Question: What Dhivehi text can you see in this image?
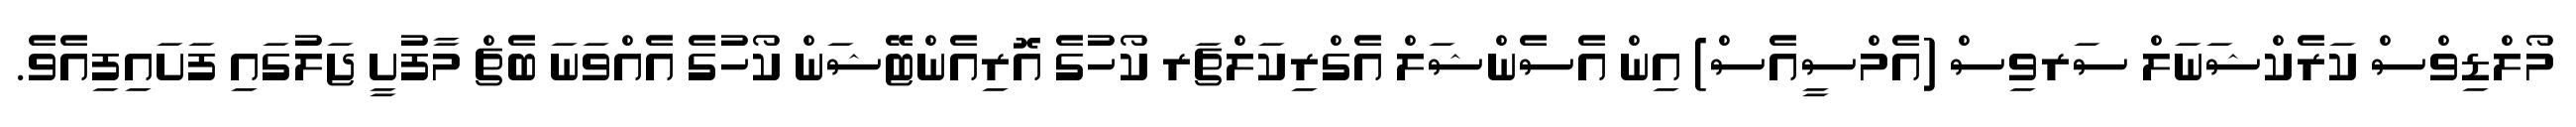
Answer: މޯލްޑިވްސް ކަރެކްޝަނަލް ސަރވިސް (އެމްސީއެސް) އިން އެސެންޝަލް އެގްރިކަލްޗަރ ކޯހުގެ އޮރިއެންޓޭޝަން ކޯހުގެ އެއްވަނަ ބެޗް މާފުށީ ޖަލުގައި ފަށައިފިއެވެ.